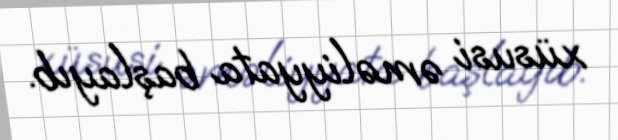
xüsusi əməliyyata başlayıb.